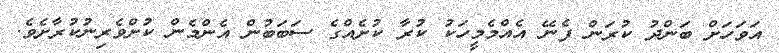
އަވަހަށް ބަންދު ކުރަން ފެނޭ އެއްމެމީހަކު ކުރާ ކުށެއްގެ ސަބަބުން އެންމެން ކުށްވެރިނުކުރާށެވެ.